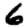
Digit: 6